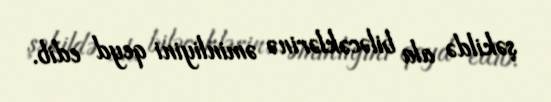
şəkildə ala biləcəklərinə əminliyini qeyd edib.